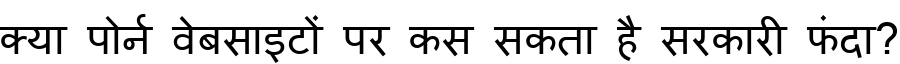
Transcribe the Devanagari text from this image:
क्या पोर्न वेबसाइटों पर कस सकता है सरकारी फंदा?